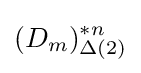
(D_{m})_{\Delta (2)}^{*n}